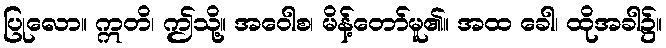
ပြုလော။ ဣတိ၊ ဤသို့။ အဝေါစ၊ မိန့်တော်မူ၏။ အထ ခေါ၊ ထိုအခါ၌။